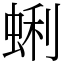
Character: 蜊